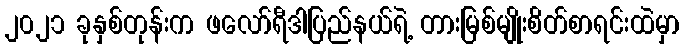
၂၀၂၁ ခုနှစ်တုန်းက ဖလော်ရီဒါပြည်နယ်ရဲ့ တားမြစ်မျိုးစိတ်စာရင်းထဲမှာ